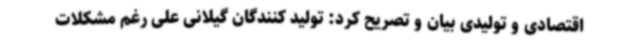
اقتصادی و تولیدی بیان و تصریح کرد: تولید کنندگان گیلانی علی رغم مشکلات